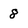
Character: 8